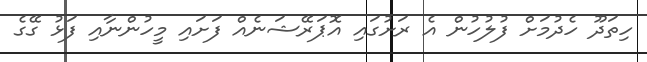
ހިތަދޫ ހެދުމަށް ފުލުހުން އެ ރަށުގައި އޮޕަރޭޝަނެއް ފަށައި މީހުންނާއި ފަޅު ގޭގެ